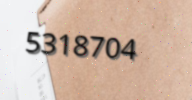
5318704